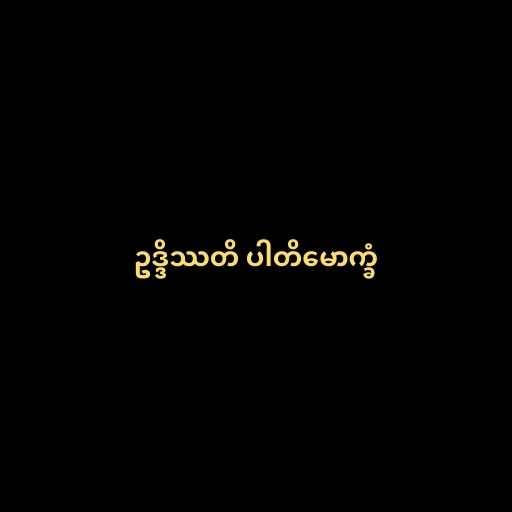
ဥဒ္ဒိဿတိ ပါတိမောက္ခံ